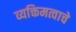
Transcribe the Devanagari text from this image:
व्यक्तिमत्वाचे